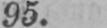
95.